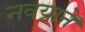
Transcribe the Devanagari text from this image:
नवय्राने